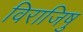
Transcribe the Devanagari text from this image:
विराजिषु